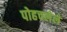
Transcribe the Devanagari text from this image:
पोहचलेले